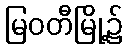
မြဝတီမြို့၌